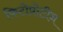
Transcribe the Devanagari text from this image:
फिटोप्रोटीन